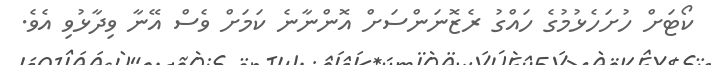
ކޯޓަށް ހުށަހެޅުމުގެ ހައްގު ރެޒޮނަންސަށް އޮންނާނެ ކަމަށް ވެސް އޭނާ ވިދާޅުވި އެވެ.